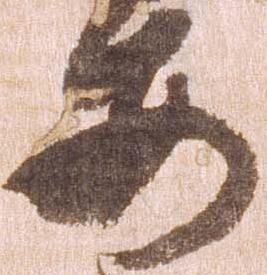
安